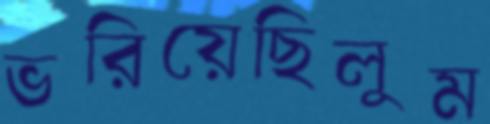
ভরিয়েছিলুম